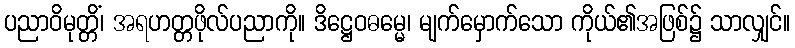
ပညာဝိမုတ္တိံ၊ အရဟတ္တဖိုလ်ပညာကို။ ဒိဋ္ဌေဝဓမ္မေ၊ မျက်မှောက်သော ကိုယ်၏အဖြစ်၌ သာလျှင်။